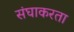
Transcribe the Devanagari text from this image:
संघाकरता